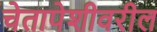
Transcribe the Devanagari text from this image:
चेतापेशीवरील